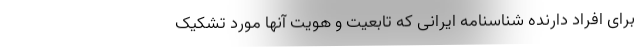
برای افراد دارنده شناسنامه ایرانی که تابعیت و هویت آنها مورد تشکیک